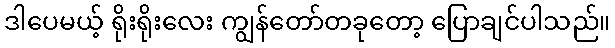
ဒါပေမယ့် ရိုးရိုးလေး ကျွန်တော်တခုတော့ ပြောချင်ပါသည်။